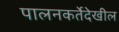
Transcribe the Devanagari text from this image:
पालनकर्तेदेखील